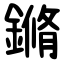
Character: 鏅